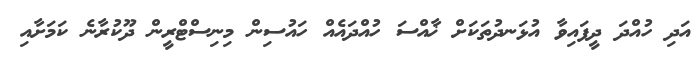
އަދި ހުއްދަ ދީފައިވާ އުޅަނދުތަކަށް ޚާއްސަ ހުއްދައެއް ހައުސިން މިނިސްޓްރީން ދޫކުރާނެ ކަމަށާއި